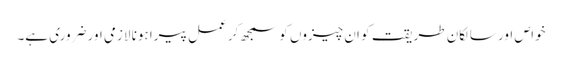
خواص اور سالکانِ طریقت کو ان چیزوں کو سمجھ کر عمل پیرا ہونا لازمی اور ضروری ہے۔